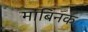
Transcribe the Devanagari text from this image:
माबिनक